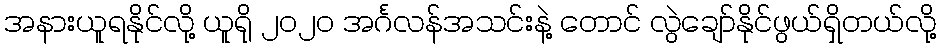
အနားယူရနိုင်လို့ ယူရို ၂၀၂၀ အင်္ဂလန်အသင်းနဲ့ တောင် လွဲချော်နိုင်ဖွယ်ရှိတယ်လို့